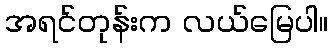
အရင်တုန်းက လယ်မြေပါ။